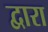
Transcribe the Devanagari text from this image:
द्वारा